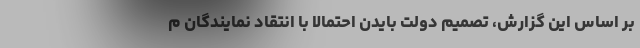
بر اساس این گزارش، تصمیم دولت بایدن احتمالا با انتقاد نمایندگان م